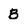
Character: B